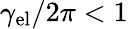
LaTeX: \gamma_{\mathrm{el}}/2\pi<1